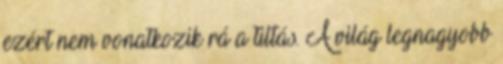
ezért nem vonatkozik rá a tiltás. A világ legnagyobb